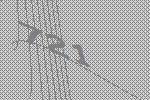
721